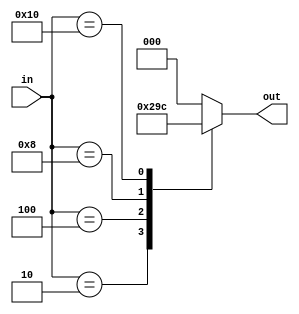
// This program was cloned from: https://github.com/VerticalResearchGroup/miaow
// License: BSD 3-Clause "New" or "Revised" License

module encoder_5b_3b(
    in,
    out
);

input[4:0] in;
output[2:0] out;

reg[2:0] out;

always @(in) begin
    out = 3'h0;
    
    case(in)
        5'b00001: out = 3'h0;
        5'b00010: out = 3'h1;
        5'b00100: out = 3'h2;
        5'b01000: out = 3'h3;
        5'b10000: out = 3'h4;
        default: out = 3'h0;
    endcase
end
endmodule